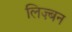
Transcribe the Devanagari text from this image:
लिज़्बन